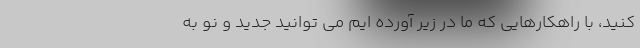
کنید، با راهکارهایی که ما در زیر آورده ایم می توانید جدید و نو به